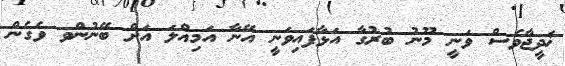
ޚަދީޖާވެސް ވަނީ މޫނު ބުރުގާ އަޅާފައިވަނީ އޭނާ އަމިއްލަ އަށް ބޭނުންވ ވެގެން